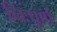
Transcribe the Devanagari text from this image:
निःपूर्ण